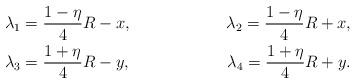
LaTeX: \begin{align*}&\lambda_1=\frac {1-\eta}4 R-x, &\lambda_2=\frac {1-\eta}4 R+x, \\&\lambda_3=\frac {1+\eta}4 R-y, &\lambda_4=\frac {1+\eta}4 R+y. \end{align*}